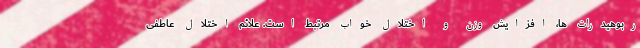
ربوهیدرات ها، افزایش وزن و اختلال خواب مرتبط است. علائم اختلال عاطفی